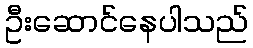
ဦးဆောင်နေပါသည်